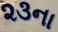
૨૩ના